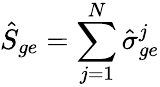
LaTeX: \hat{S}_{ge}=\sum_{j=1}^{N}\hat{\sigma}_{ge}^{j}